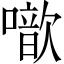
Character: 噷